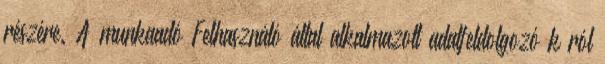
részére. A munkaadó Felhasználó által alkalmazott adatfeldolgozó k ról